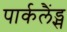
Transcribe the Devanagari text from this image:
पार्कलैंड्स